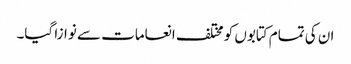
ان کی تمام کتابوں کو مختلف انعامات سے نوازا گیا۔